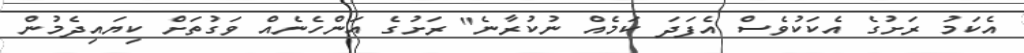
އެކަމު ރަށުގެ އެކަކުވެސް އެފަދަ ކަމެއް ނުކުރާނެ" ރަށުގެ އަންހެނެއް ވަގުތަށް ކިޔައިދެމުން